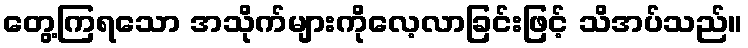
တွေ့ကြရသော အသိုက်များကိုလေ့လာခြင်းဖြင့် သိအပ်သည်။